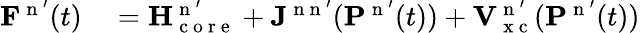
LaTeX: \begin{array}{rl}{\mathbf{F}^{\mathrm{~n~}^{\prime}}(t)}&{{}=\mathbf{H}_{\mathrm{~c~o~r~e~}}^{\mathrm{~n~}^{\prime}}+\mathbf{J}^{\mathrm{~n~n~}^{\prime}}(\mathbf{P}^{\mathrm{~n~}^{\prime}}(t))+\mathbf{V}_{\mathrm{~x~c~}}^{\mathrm{~n~}^{\prime}}(\mathbf{P}^{\mathrm{~n~}^{\prime}}(t))}\end{array}